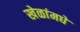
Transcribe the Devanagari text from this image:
खेळांमधे